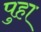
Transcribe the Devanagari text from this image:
पुहा